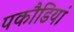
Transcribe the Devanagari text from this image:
पकौडियां